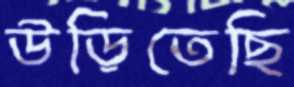
উড়িতেছি